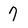
Character: 7